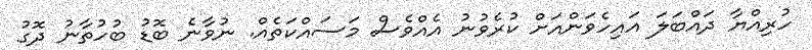
ހުރިއްޔާ ދައްބަލަ އައިހެވަންއަށް ކުރެވުނު އެއްވެސް މަސައްކަތެއް. ނުވާނެ ބޮޑު ބުހުތާނު ދޮގު